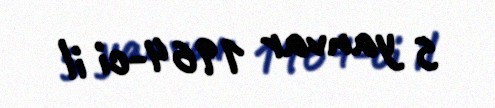
5 yanvar 1964-ci il